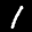
Label: 1